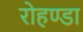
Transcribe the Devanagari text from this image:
रोहण्डा